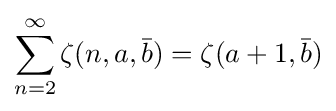
\sum _{n=2}^{\infty }\zeta (n,a,{\bar {b}})=\zeta (a+1,{\bar {b}})